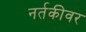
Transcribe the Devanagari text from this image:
नर्तकीवर